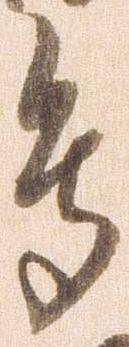
馬